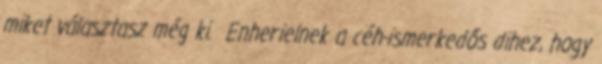
miket választasz még ki. Enherielnek a céh-ismerkedős dihez, hogy